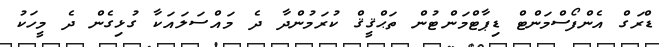
ޑްރަގް އެންފޯސްމަންޓް ޑިޕާޓްމަންޓުން ތަޙްޤީޤް ކުރަމުންދާ ދެ މައްސަލައަކާ ގުޅިގެން ދެ މީހަކު